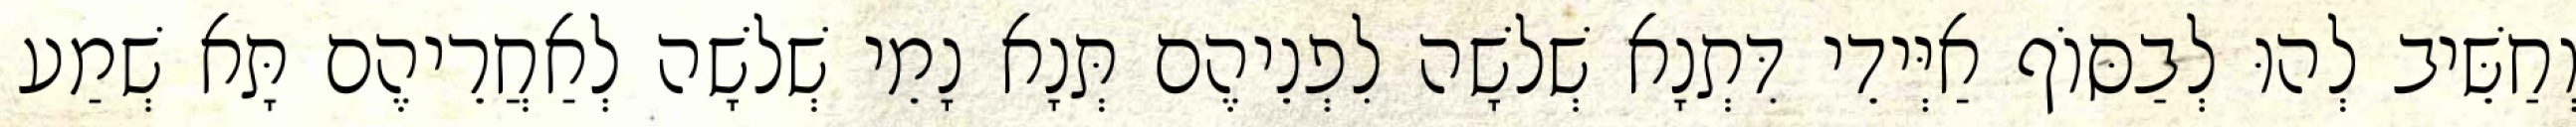
וְחַשֵּׁיב לְהוּ לְבַסּוֹף אַיְּידֵי דִּתְנָא שְׁלֹשָׁה לִפְנֵיהֶם תְּנָא נָמֵי שְׁלֹשָׁה לְאַחֲרֵיהֶם תָּא שְׁמַע